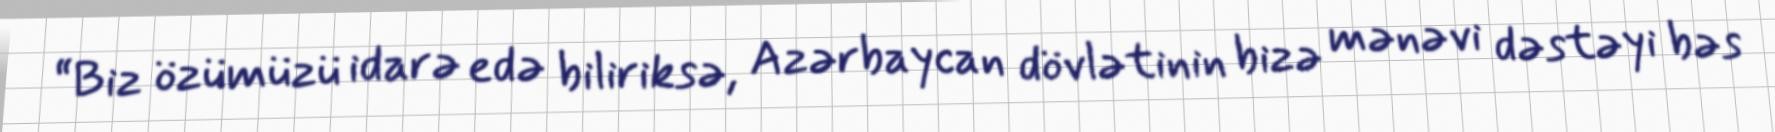
“Biz özümüzü idarə edə biliriksə, Azərbaycan dövlətinin bizə mənəvi dəstəyi bəs